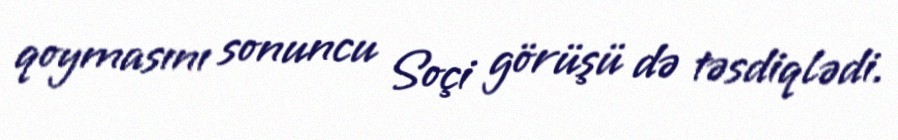
qoymasını sonuncu Soçi görüşü də təsdiqlədi.